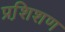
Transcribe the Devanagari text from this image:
प्रशि़शण